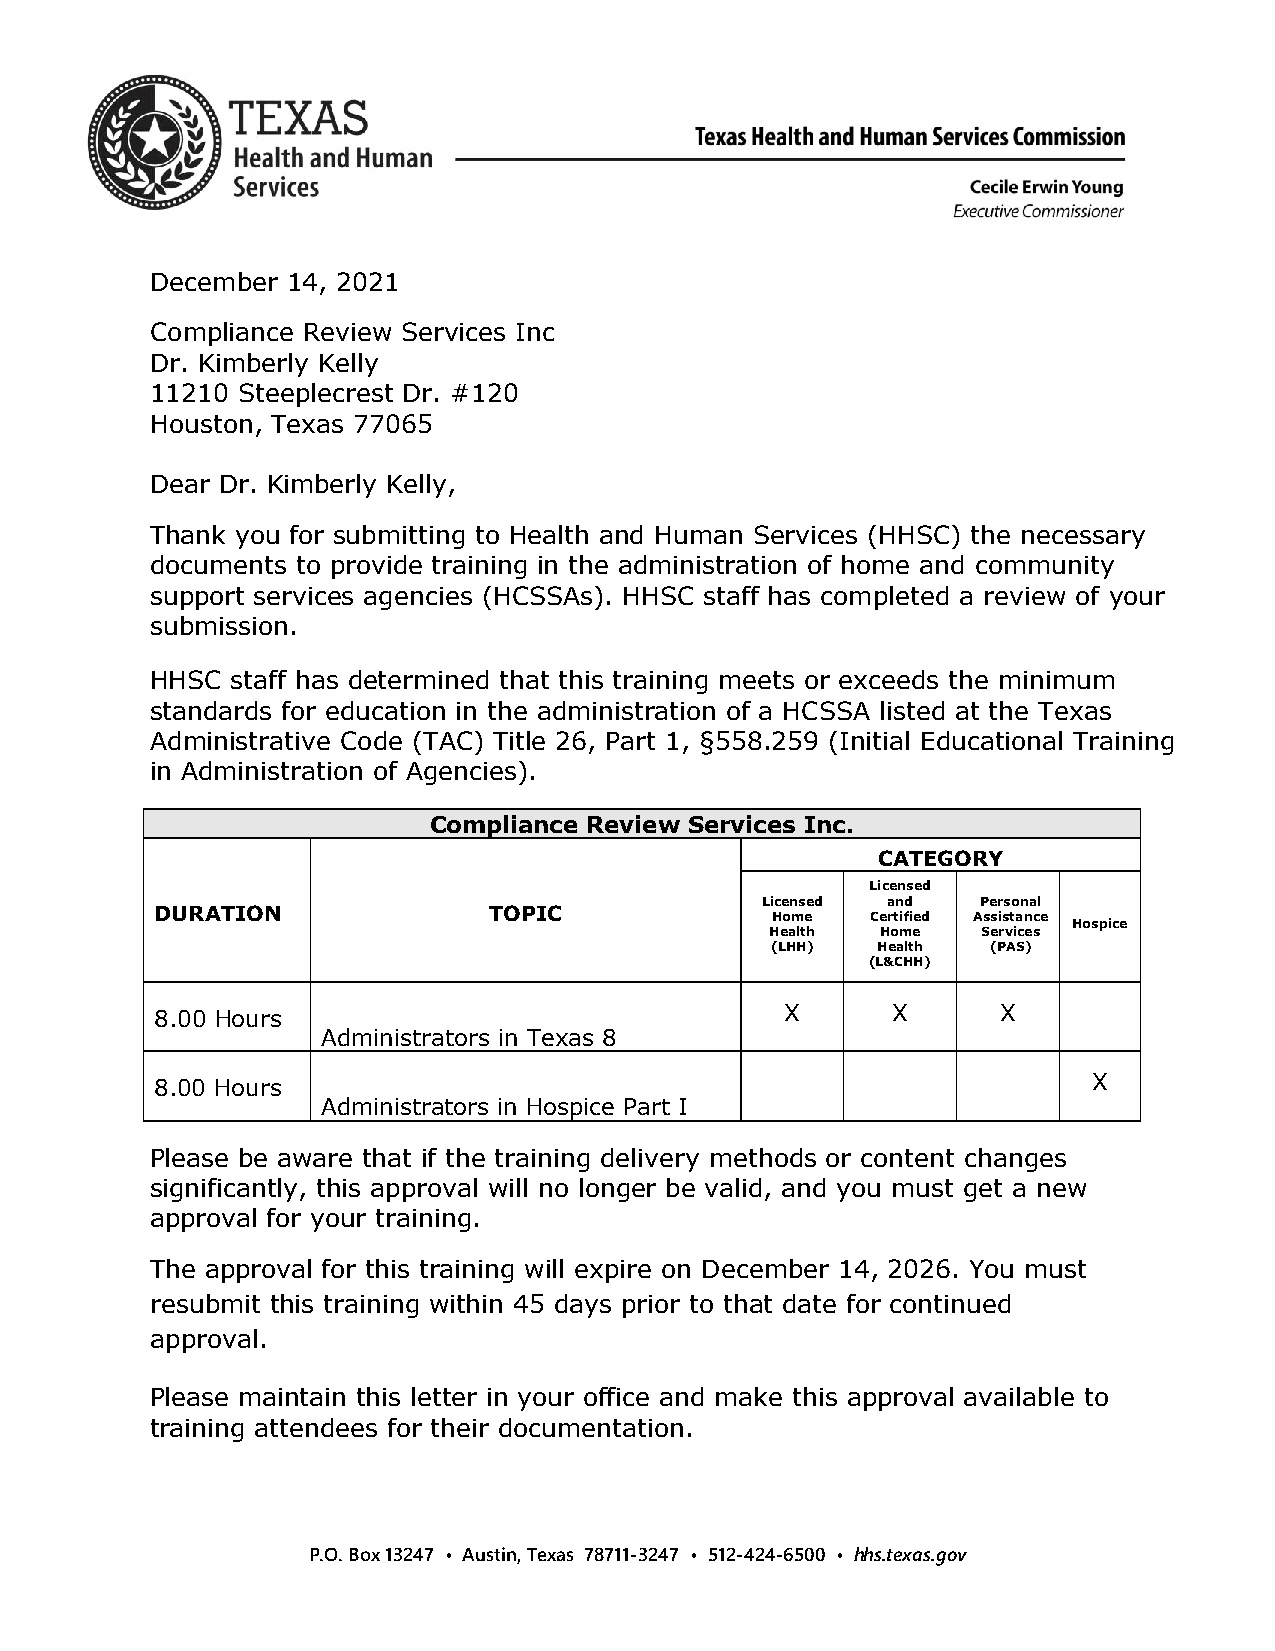
December 14, 2021
 Compliance Review Services Inc
 Dr. Kimberly Kelly
 11210 Steeplecrest Dr. #120
 Houston, Texas 77065
 Dear Dr. Kimberly Kelly,
 Thank you for submitting to Health and Human Services (HHSC) the necessary
 documents to provide training in the administration of home and community
 support services agencies (HCSSAs). HHSC staff has completed a review of your
 submission.
 HHSC staff has determined that this training meets or exceeds the minimum
 standards for education in the administration of a HCSSA listed at the Texas
 Administrative Code (TAC) Title 26, Part 1, §558.259 (Initial Educational Training
 in Administration of Agencies).
 Compliance Review Services Inc.
 CATEGORY
 Licensed
 Licensed and   Personal
 DURATION              TOPIC              Home   Certified Assistance
 Hospice
 Health Home   Services
 (LHH)  Health  (PAS)
 (L&CHH)
 X      X      X
 8.00 Hours
 Administrators in Texas 8
 X
 8.00 Hours
 Administrators in Hospice Part I
 Please be aware that if the training delivery methods or content changes
 significantly, this approval will no longer be valid, and you must get a new
 approval for your training.
 The approval for this training will expire on December 14, 2026. You must
 resubmit this training within 45 days prior to that date for continued
 approval.
 Please maintain this letter in your office and make this approval available to
 training attendees for their documentation.
 P.O. Box 13247 • Austin, Texas 78711-3247 • 512-424-6500 • hhs.texas.gov